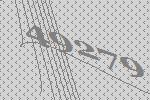
49279